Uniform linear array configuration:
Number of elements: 48
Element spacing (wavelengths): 0.25
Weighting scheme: blackman
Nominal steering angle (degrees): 60
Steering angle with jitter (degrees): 60.23
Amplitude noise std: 0.05
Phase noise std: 0.05

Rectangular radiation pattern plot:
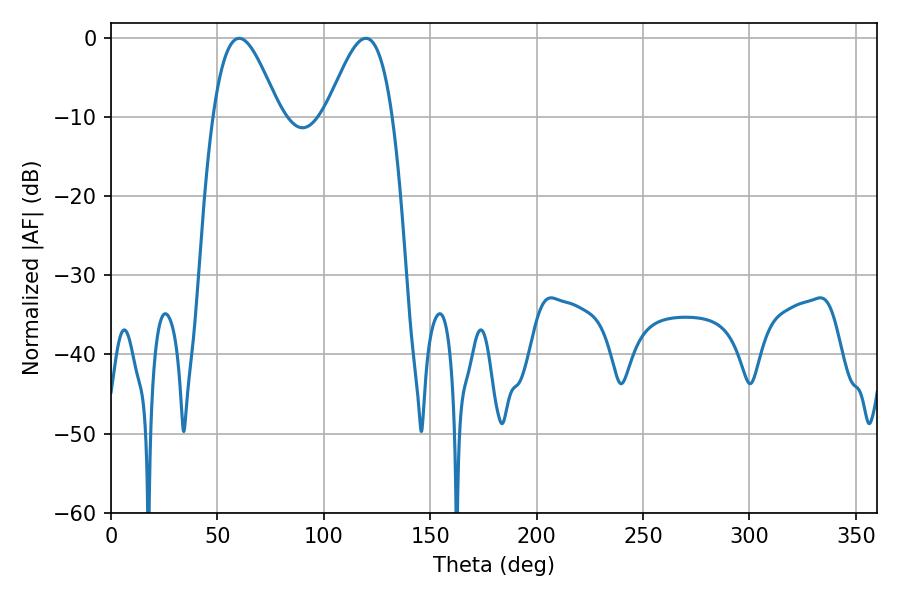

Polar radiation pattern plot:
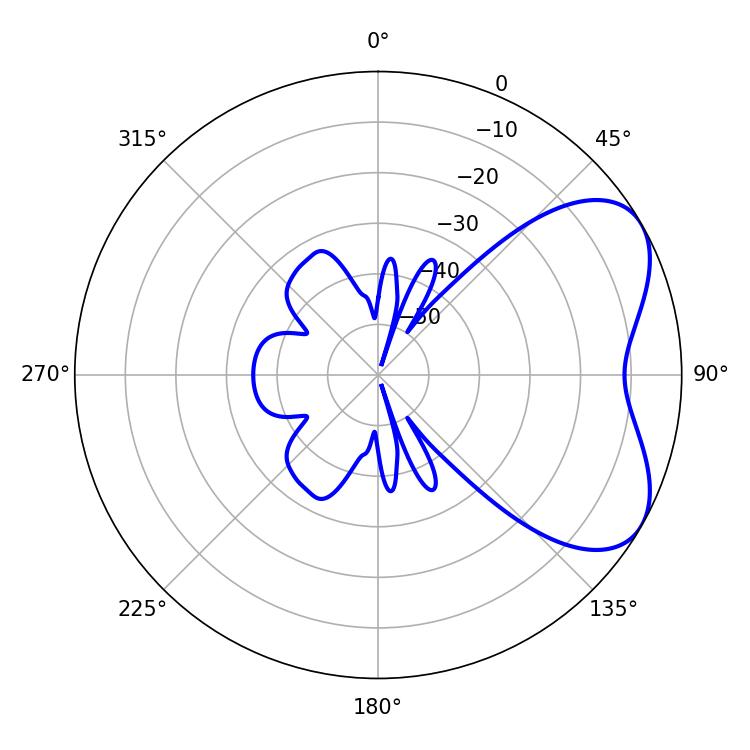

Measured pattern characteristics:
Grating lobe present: FALSE
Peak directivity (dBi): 5.353
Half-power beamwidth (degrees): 16.74
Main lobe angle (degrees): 60.3